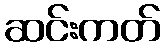
ဆင်းကတ်